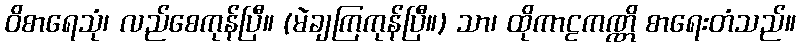
ဝိစာရေသုံ၊ လည်စေကုန်ပြီ။ (မဲချကြကုန်ပြီ။) သာ၊ ထိုကာဠကဏ္ဏိ စာရေးတံသည်။